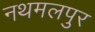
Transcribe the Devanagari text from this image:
नथमलपुर